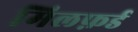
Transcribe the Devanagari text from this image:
मिलफ़र्ड